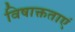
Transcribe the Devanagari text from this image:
विषाक्तताएं